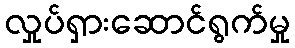
လှုပ်ရှားဆောင်ရွက်မှု